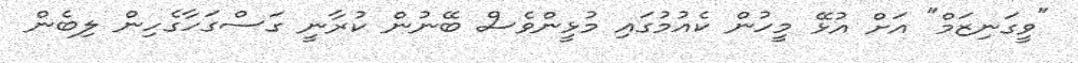
"ވީގަނިޒަމް" އަށް އުޅޭ މީހުން ކެއުމުގައި މުޅީންވެސް ބޭނުން ކުރާނީ ގަސްގަހާގެހިން ލިބެން